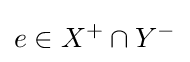
e\in X^{+}\cap Y^{-}